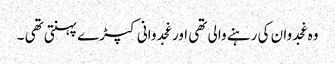
وہ غجدوان کی رہنے والی تھی اور غجدوانی کپڑے پہنتی تھی ۔